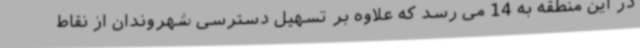
در این منطقه به 14 می رسد که علاوه بر تسهیل دسترسی شهروندان از نقاط